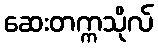
ဆေးတက္ကသိုလ်